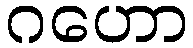
ဂဟော